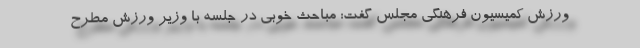
ورزش کمیسیون فرهنگی مجلس گفت: مباحث خوبی در جلسه با وزیر ورزش مطرح